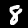
Digit: 8